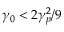
\gamma _ { 0 } < 2 \gamma _ { p } ^ { 2 } / 9